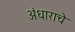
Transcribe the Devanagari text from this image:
अंधाराचे